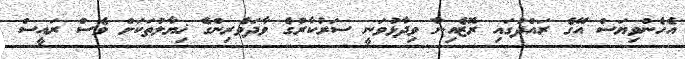
އެހެންވިޔަސް އޭގެ ރައްދުގައި ރޮޒެއިނާ ވިދާޅުވަނީ ސަރުކާރުގެ ވާދަވެރިންގެ ޚިޔާލުތަކަށް ވެސް ރައީސް